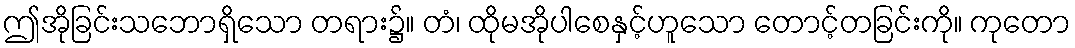
ဤအိုခြင်းသဘောရှိသော တရား၌။ တံ၊ ထိုမအိုပါစေနှင့်ဟူသော တောင့်တခြင်းကို။ ကုတော